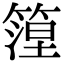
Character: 篞